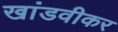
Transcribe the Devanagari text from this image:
खांडवीकर